Report of the King Institute of Preventive Medicine, Guindy
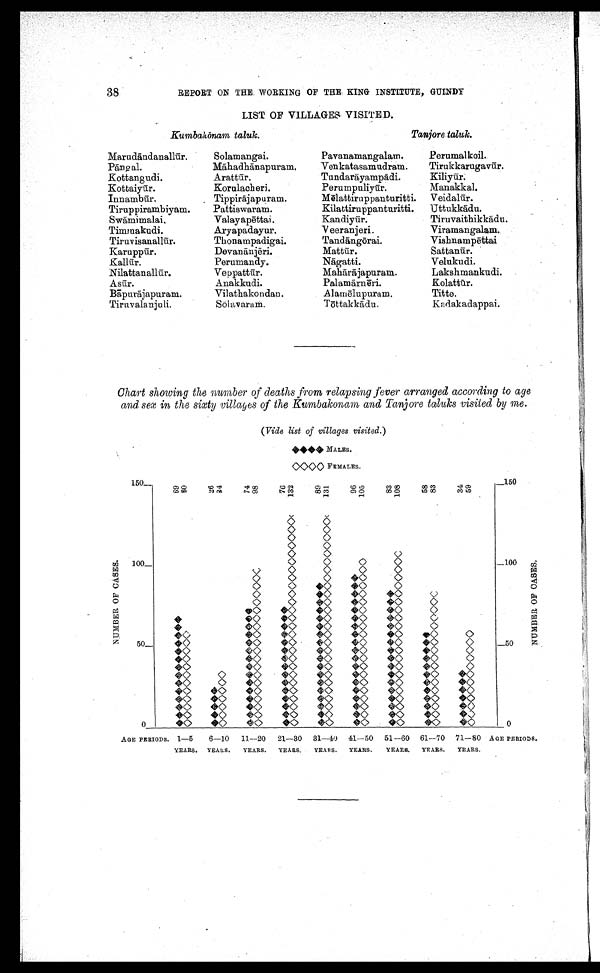
38
REPORT ON THE WORKING OF THE KING INSTITUTE, GUINDY
LIST OF VILLAGES VISITED.
Kumbakōnam taluk.
Tanjore taluk.
Marudāndanallū r.
Solamangai.
Pavanamangalam.
Perumalkoil.
Pā n g al.
Māhadhānapuram.
Venkatasamudram.
Tirukkarugavū r.
Kottangudi.
Arattūr.
Tundarāyampā di.
Kiliyū r.
Kottaiyū r.
Korulacheri.
Perumpuliyū r.
Manakkal.
Innambū r.
Tippirājapuram.
Mēlattiruppanturitti. Veidalū r.
Tiruppirambiyam.
Pattiswaram.
Kilattiruppanturitti.
Uttukkādu.
Swāmimalai.
Valayapēttai.
Kandiyū r.
Tiruvaithikkā du.
Timmakudi.
Aryapadayur.
Veeranjeri .
Viramangalam.
Tiruvisanallū r.
Thonampadigai.
Tandā ngōrai.
Vishnampēttai
Karuppū r.
Devanā njēri.
Mattū r.
Sattanū r.
Kallūr.
Perumandy.
Nāgatti.
Velukudi.
Nilattanallū r.
Veppattū r.
Māhārā japuram..
Lakshmankudi.
Asūr.
Anakkudi.
Palamārnēri.
Kolattū r.
Bāpurāiapuram.
Vilathakondan.
Alamēlupuram.
Titte.
Tiruvalanjuli.
Sölavaram.
Tōttakkā du .
Kadakadappai.
Chart showing the number of deaths from relapsing fever arranged according to age
and sex in the sixty villages of the Kumbakonam and Tanjore taluks visited by me.
(Vide list of villages visited.)